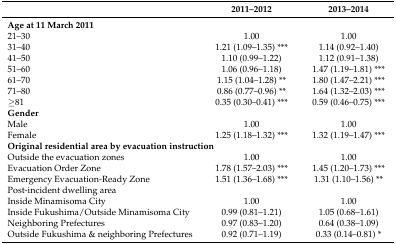
<table><thead><tr><td></td><td><b>2011–2012</b></td><td><b>2013–2014</b></td></tr></thead><tbody><tr><td><b>Age at 11 March 2011</b></td><td></td><td></td></tr><tr><td>21–30</td><td>1.00</td><td>1.00</td></tr><tr><td>31–40</td><td>1.21 (1.09–1.35) ***</td><td>1.14 (0.92–1.40)</td></tr><tr><td>41–50</td><td>1.10 (0.99–1.22)</td><td>1.12 (0.91–1.38)</td></tr><tr><td>51–60</td><td>1.06 (0.96–1.18)</td><td>1.47 (1.19–1.81) ***</td></tr><tr><td>61–70</td><td>1.15 (1.04–1.28) **</td><td>1.80 (1.47–2.21) ***</td></tr><tr><td>71–80</td><td>0.86 (0.77–0.96) **</td><td>1.64 (1.32–2.03) ***</td></tr><tr><td>≥81</td><td>0.35 (0.30–0.41) ***</td><td>0.59 (0.46–0.75) ***</td></tr><tr><td><b>Gender</b></td><td></td><td></td></tr><tr><td>Male</td><td>1.00</td><td>1.00</td></tr><tr><td>Female</td><td>1.25 (1.18–1.32) ***</td><td>1.32 (1.19–1.47) ***</td></tr><tr><td colspan="2"><b>Original residential area by evacuation instruction</b></td><td></td></tr><tr><td>Outside the evacuation zones</td><td>1.00</td><td>1.00</td></tr><tr><td>Evacuation Order Zone</td><td>1.78 (1.57–2.03) ***</td><td>1.45 (1.20–1.73) ***</td></tr><tr><td>Emergency Evacuation-Ready Zone</td><td>1.51 (1.36–1.68) ***</td><td>1.31 (1.10–1.56) **</td></tr><tr><td>Post-incident dwelling area</td><td></td><td></td></tr><tr><td>Inside Minamisoma City</td><td>1.00</td><td>1.00</td></tr><tr><td>Inside Fukushima/Outside Minamisoma City</td><td>0.99 (0.81–1.21)</td><td>1.05 (0.68–1.61)</td></tr><tr><td>Neighboring Prefectures</td><td>0.97 (0.83–1.20)</td><td>0.64 (0.38–1.09)</td></tr><tr><td>Outside Fukushima &amp; neighboring Prefectures</td><td>0.92 (0.71–1.19)</td><td>0.33 (0.14–0.81) *</td></tr></tbody></table>